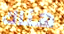
هناك